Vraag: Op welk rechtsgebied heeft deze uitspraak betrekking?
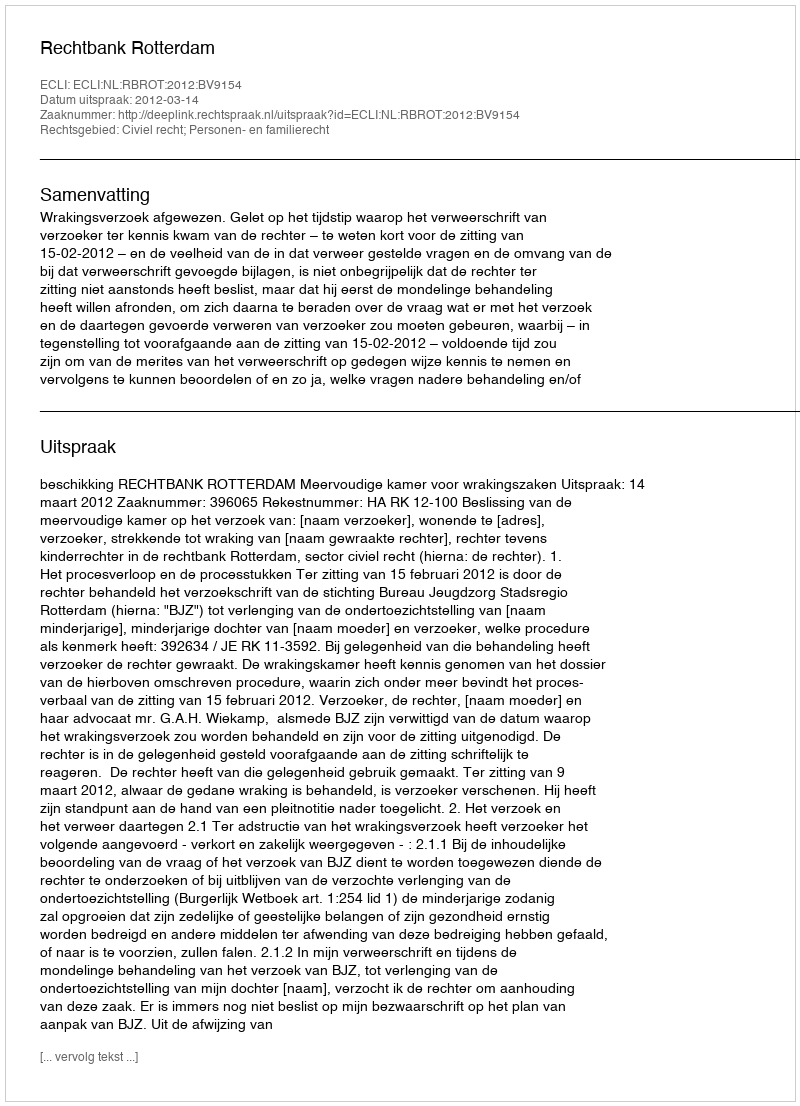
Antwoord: Civiel recht; Personen- en familierecht